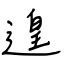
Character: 遑